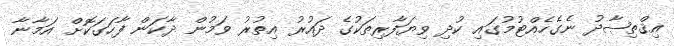
އިޤްތިޞާދު ނެގެހެއްޓުމުގައި ކުދި ވިޔަފާރިތަކުގެ ދައުރު އިތުރު ވަމުން ދާކަން ފާހަގަކޮށް އަމާނާ